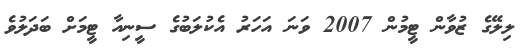
ލިލޭގެ ޒުވާން ޓީމުން 2007 ވަނަ އަހަރު އެކުލަބުގެ ސީނިއާ ޓީމަށް ބަދަލުވެ